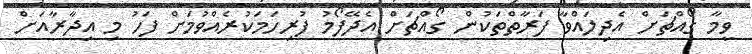
ވީމާ ގޯއްޗަށް އެދިލައްވާ ފަރާތްތަކުން ގޯއްޗަށް އެދޭފޯމު ފުރިހަމަކުރެއްވުމަށް ފަހު މި އިދާރާއަށް